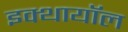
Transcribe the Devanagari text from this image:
इक्थायॉल